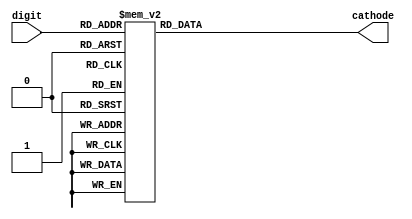
/*******************************************************
*  AN7   AN6   AN5   AN4  | AN3   AN2   AN1   AN0
*   |     |     |     |   |  |     |     |     |
*   __    __    __    __  |  __    __    __    __
*  |__|  |__|  |__|  |__| | |__|  |__|  |__|  |__|
*  |__|. |__|. |__|. |__|.| |__|. |__|. |__|. |__|.
*      
*  | |   | |   | |   | |  |  | |   | |   | |   | |
* CA CB CC CD CE CF CG DP | CA CB CC CD CE CF CG DP
********************************************************/

/********************************************************
*              _____
*          ___|  A  |___
*         |   |-----|   |
*         | F |     | B |
*         |___|-----|___|
*          ___|  G  |___
*         |   |-----|   |
*         | E |     | C |
*         |___|_____|___|     ---
*             |  D  |        | P |
*              -----          ---
*********************************************************/

/*********************************************************
*   0     1     2     3     4     5     6     7      8     9
*   |     |     |     |     |     |     |     |      |     |  
*   __          __    __           __    __    __    __    __  
*  |  |     |   __|   __|   |__|  |__   |__      |  |__|  |__|  
*  |__|     |  |__    __|      |   __|  |__|     |  |__|   __|
*********************************************************/
module BCD_to_Cathodes (
    input [3:0] digit,
    output reg [7:0] cathode
);

  always @(digit) begin
    case (digit)
      /* dec digit      |P|G|F|E|D|C|B|A|  */
      4'd0: cathode = 8'b1_1_0_0_0_0_0_0;
      4'd1: cathode = 8'b1_1_1_1_1_0_0_1;
      4'd2: cathode = 8'b1_0_1_0_0_1_0_0;
      4'd3: cathode = 8'b1_0_1_1_0_0_0_0;
      4'd4: cathode = 8'b1_0_0_1_1_0_0_1;
      4'd5: cathode = 8'b1_0_0_1_0_0_1_0;
      4'd6: cathode = 8'b1_0_0_0_0_0_1_0;
      4'd7: cathode = 8'b1_1_1_1_1_0_0_0;
      4'd8: cathode = 8'b1_0_0_0_0_0_0_0;
      4'd9: cathode = 8'b1_0_0_1_0_0_0_0;
      default: cathode = 8'b1_1_1_1_1_1_1_1;
    endcase
  end


endmodule